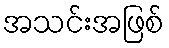
အသင်းအဖြစ်